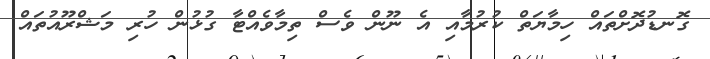
ގޮނޑުދޮށްތައް ހިމާޔަތް ކުރުމާއި އެ ނޫން ވެސް ތިމާވެއްޓާ ގުޅުން ހުރި މަޝްރޫއުތައް